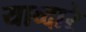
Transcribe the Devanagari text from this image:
याव्दारे